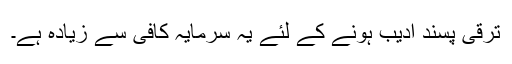
ترقی پسند ادیب ہونے کے لئے یہ سرمایہ کافی سے زیادہ ہے۔